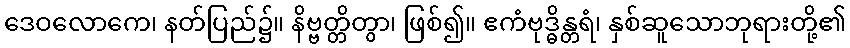
ဒေဝလောကေ၊ နတ်ပြည်၌။ နိဗ္ဗတ္တိတွာ၊ ဖြစ်၍။ ဧကံဗုဒ္ဓိန္တရံ၊ နှစ်ဆူသောဘုရားတို့၏